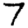
Digit: 7